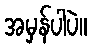
အမှန်ပါပဲ။